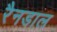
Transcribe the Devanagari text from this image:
रैनडाल